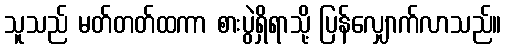
သူသည် မတ်တတ်ထကာ စားပွဲရှိရာသို့ ပြန်လျှောက်လာသည်။